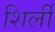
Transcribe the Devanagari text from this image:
शिर्ली